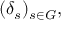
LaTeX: ( \delta _ { s } ) _ { s \in G } ,